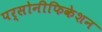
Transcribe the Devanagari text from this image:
पर्सोनीफिकेशन